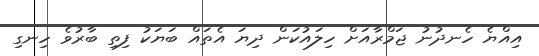
އިއްޔެ ހެނދުނު ޖަމްރާއަށް ހިލައުކަން ދިޔަ އެތައް ބަޔަކު ފިތި ބާރުވެ ހިނގި